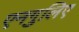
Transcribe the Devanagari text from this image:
एनगुलिए